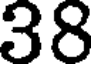
38